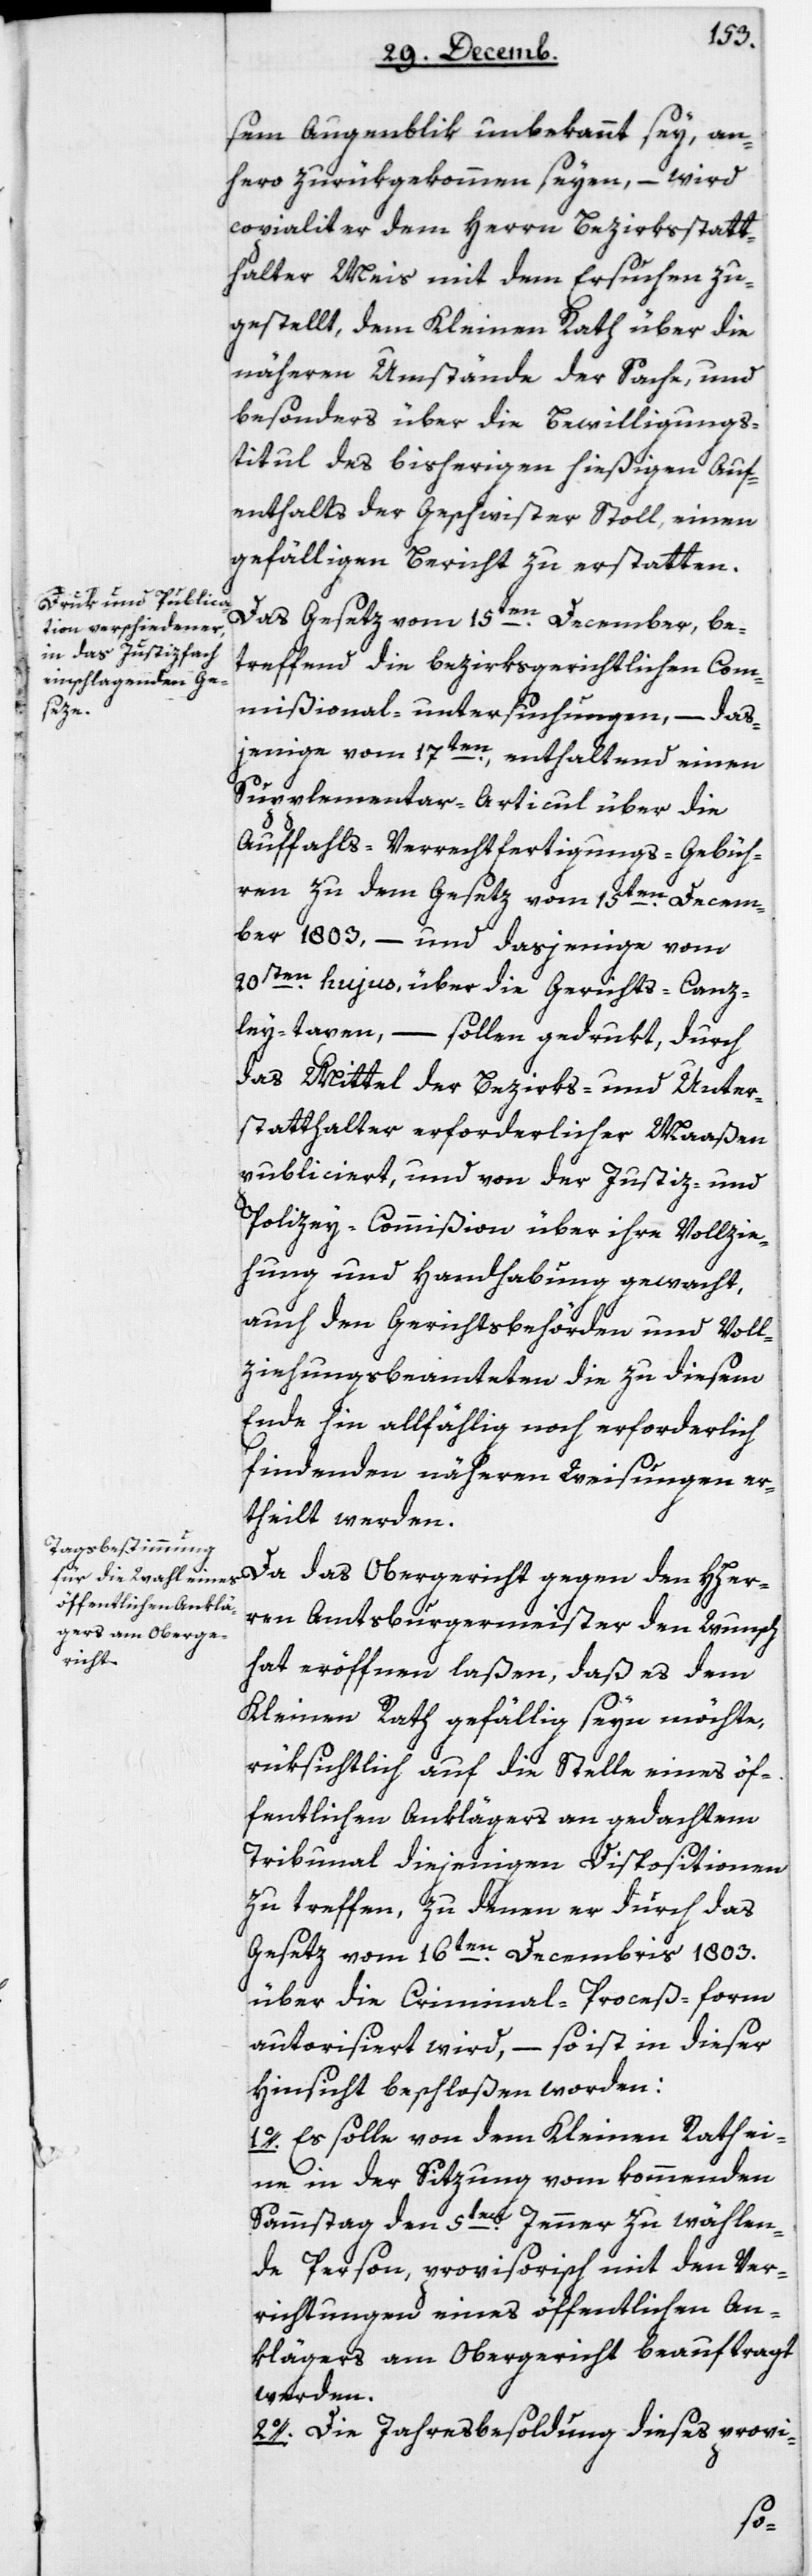
sem Augenblik unbekannt sey, an¬
hero zurükgekommen seyen, –wird
copialiter dem Herrn Bezirksstatt¬
halter Meis mit dem Ersuchen zu¬
gestellt, dem Kleinen Rath über die
näheren Umstände der Sache und
besonders über die Bewilligung¬
s-Titul des bisherigen hießigen Auf¬
enthalts der Geschwister Stoll, einen
gefälligen Bericht zu erstatten.
Das Gesetz vom 15ten December, be¬
treffend die bezirksgerichtlichen Com¬
mißional-untersuchungen, – das¬
jenige vom 17ten , enthaltend einen
Supplementar-Articul über die
Auffahls-Verrechtfertigungs-Gebüh¬
ren zu dem Gesetz vom 15ten Decem¬
ber 1803, – und dasjenige vom
20sten hujus über die Gerichts-Canz¬
ley-Taxen, – sollen gedrukt, durch
das Mittel der Bezirks- und Unter¬
statthalter erforderlicher Maaßen
publiciert und von der Justiz- und
Polizey-Commißion über ihre Vollzie¬
hung und Handhabung gewacht,
auch den Gerichtsbehörden und Voll¬
ziehungsbeamteten, die zu diesem
Ende hin allfällig noch erforderlich
findenden näheren Weisungen er¬
theilt werden.
Da das Obergericht gegen den HHer¬
ren Amtsburgermeister den Wunsch
hat eröffnen laßen, daß es dem
Kleinen Rath gefällig seyn möchte,
rüksichtlich auf die Stelle eines öf¬
fentlichen Anklägers an gedachtem
Tribunal diejenigen Dispositionen
zu treffen, zu denen er durch das
Gesetz vom 16ten Decembris 1803
über die Criminal-Proceß-form
autorisiert wird, – so ist in dieser
Hinsicht beschloßen worden:
1. Es solle von dem Kleinen Rath ei¬
ne in der Sitzung vom kommenden
Samstag den 5ten Jenner zu wählen¬
de Person, provisorisch mit den Ver¬
richtungen eines öffentlichen An¬
klägers am Obergericht beauftragt
werden.
2. Die Jahresbesoldung dieses provi-